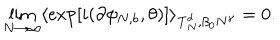
\lim _ { N \rightarrow \infty } \langle \exp [ i ( \partial \phi _ { N , b } , \theta ) ] \rangle _ { { \bf T } _ { N } ^ { d } , \beta _ { 0 } N ^ { \gamma } } = 0 .